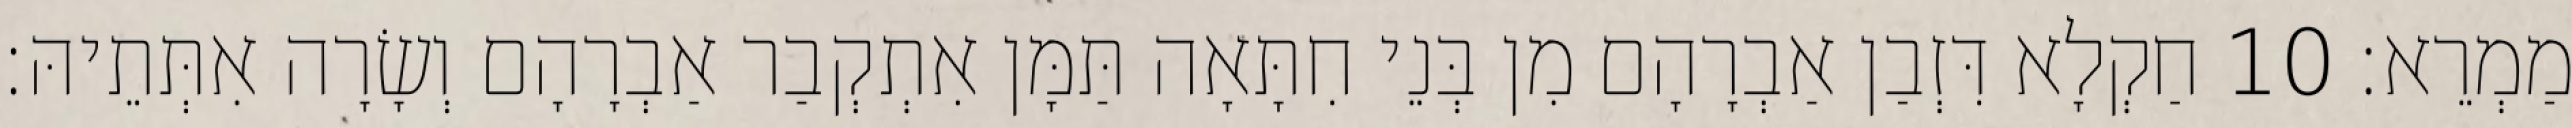
מַמְרֵא׃ 10 חַקְלָא דִּזְבַן אַבְרָהָם מִן בְּנֵי חִתָּאָה תַּמָּן אִתְקְבַר אַבְרָהָם וְשָׂרָה אִתְּתֵיהּ׃